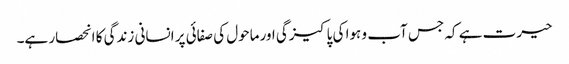
حیرت ہے کہ جس آب و ہوا کی پاکیزگی اورماحول کی صفائی پر انسانی زندگی کا انحصار ہے۔